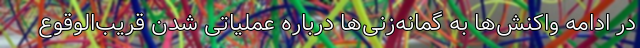
در ادامه واکنش‌ها به گمانه‌زنی‌ها درباره عملیاتی شدن قریب‌الوقوع